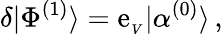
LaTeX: \delta|\Phi^{(1)}\rangle=\mathrm{e}_{_V}|\alpha^{(0)}\rangle\, ,